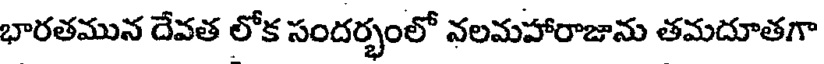
భారతమున దేవత లోక సందర్భంలో నలమహారాజాను తమదూతగా